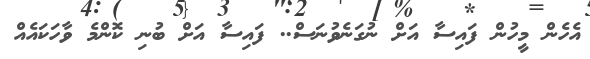
އެހެން މީހުން ފައިސާ އަށް ނުގަނެވުނަސް.. ފައިސާ އަށް ބުނި ކޮންމެ ވާހަކައެއް